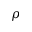
\rho